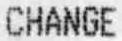
CHANGE